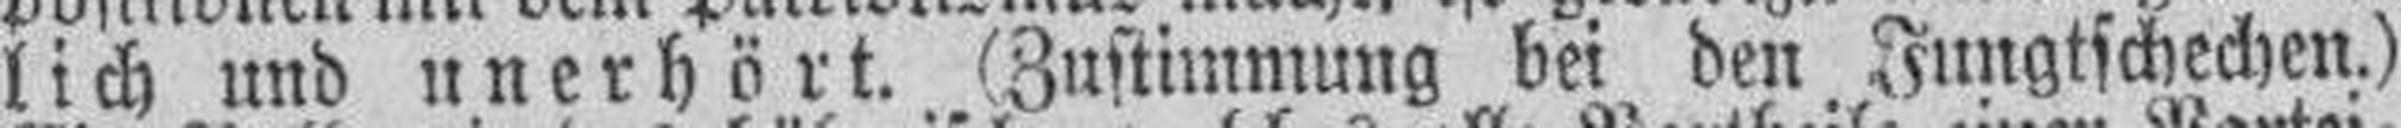
lich und unerhört. (Zustimmung bei den Jungtschechen.)